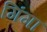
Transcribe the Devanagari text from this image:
गिंगा